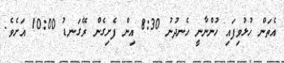
އެތަން ހުޅުވިފައި ހުންނާނީ ހެނދުނު 8:30 އިން ފެށިގެން ރޭގަނޑު 10:00 އަށެވެ.